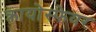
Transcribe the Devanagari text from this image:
क्रायोस्फेयर